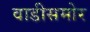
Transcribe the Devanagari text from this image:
वाडीसमोर